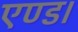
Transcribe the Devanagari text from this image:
एण्ड।